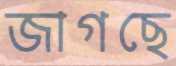
জাগছে